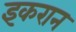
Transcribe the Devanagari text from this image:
इकरान